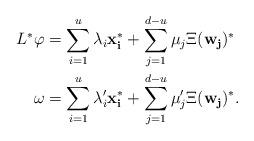
LaTeX: \begin{align*}L^*\varphi &= \sum\limits_{i=1}^u \lambda_i \mathbf{x_i^*} + \sum\limits_{j=1}^{d-u} \mu_j \Xi(\mathbf{w_j})^*\\\omega& = \sum\limits_{i=1}^u \lambda_i^\prime \mathbf{x_i^*} + \sum\limits_{j=1}^{d-u} \mu_j^\prime \Xi(\mathbf{w_j})^*.\end{align*}